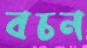
বচন